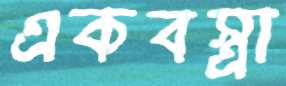
একবস্ত্রা